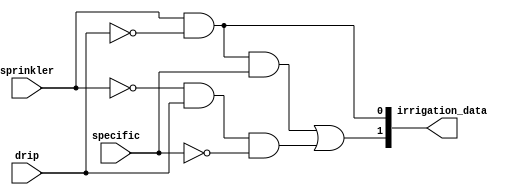
module encoder_irrigation(
    input sprinkler,
    input drip,
    input specific,
    output [1:0] irrigation_data
);

wire [1:0] aux;

// R0 = A . G'
and(irrigation_data[0], sprinkler, !drip);

// R1 = A'  G  S' + A  G'  S
and(aux[0], irrigation_data[0], specific);
and(aux[1], !sprinkler, drip, !specific);
or(irrigation_data[1], aux[0], aux[1]);

endmodule